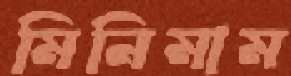
মিনিমাম